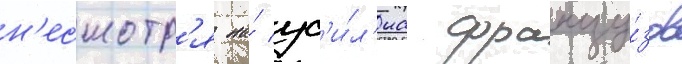
н'есмотр'я на́ ус'и́л'иа францу́зов